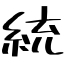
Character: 統